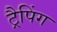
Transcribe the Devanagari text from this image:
ट्रैपिंग